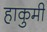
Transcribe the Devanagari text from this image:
हाकुमी